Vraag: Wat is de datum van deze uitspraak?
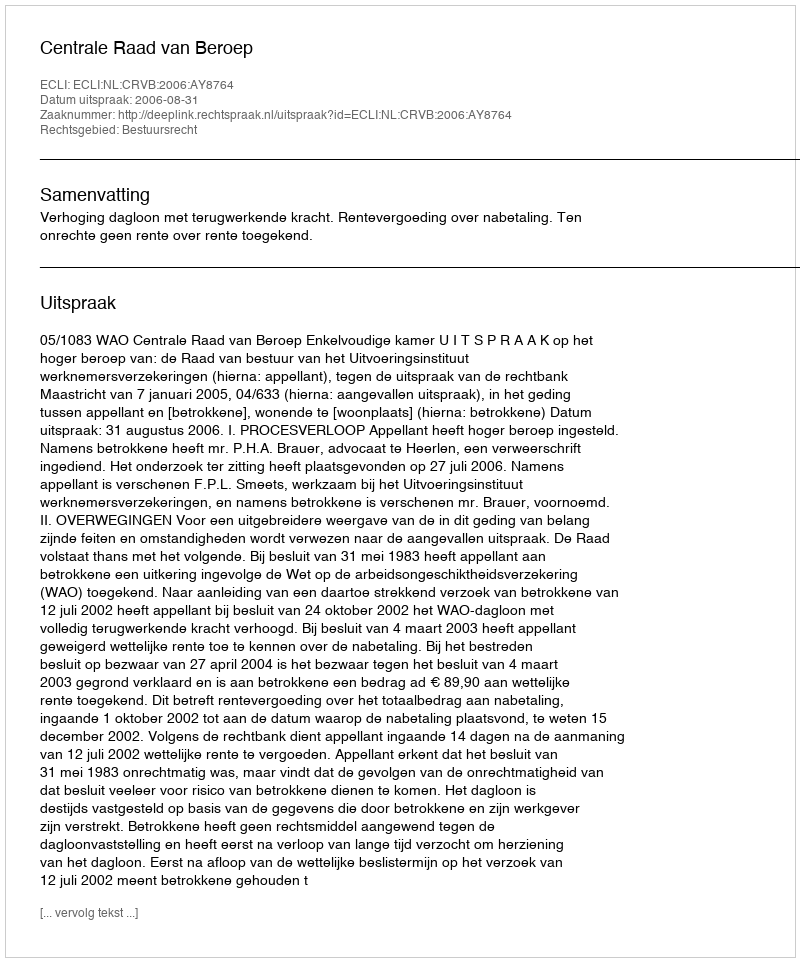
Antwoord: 2006-08-31